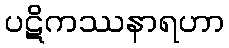
ပဋိကဿနာရဟာ